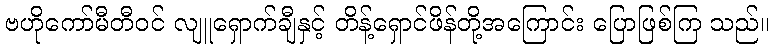
ဗဟိုကော်မီတီဝင် လျူရှောက်ချီနှင့် တိန့်ရှောင်ဖိန်တို့အကြောင်း ပြောဖြစ်ကြ သည်။